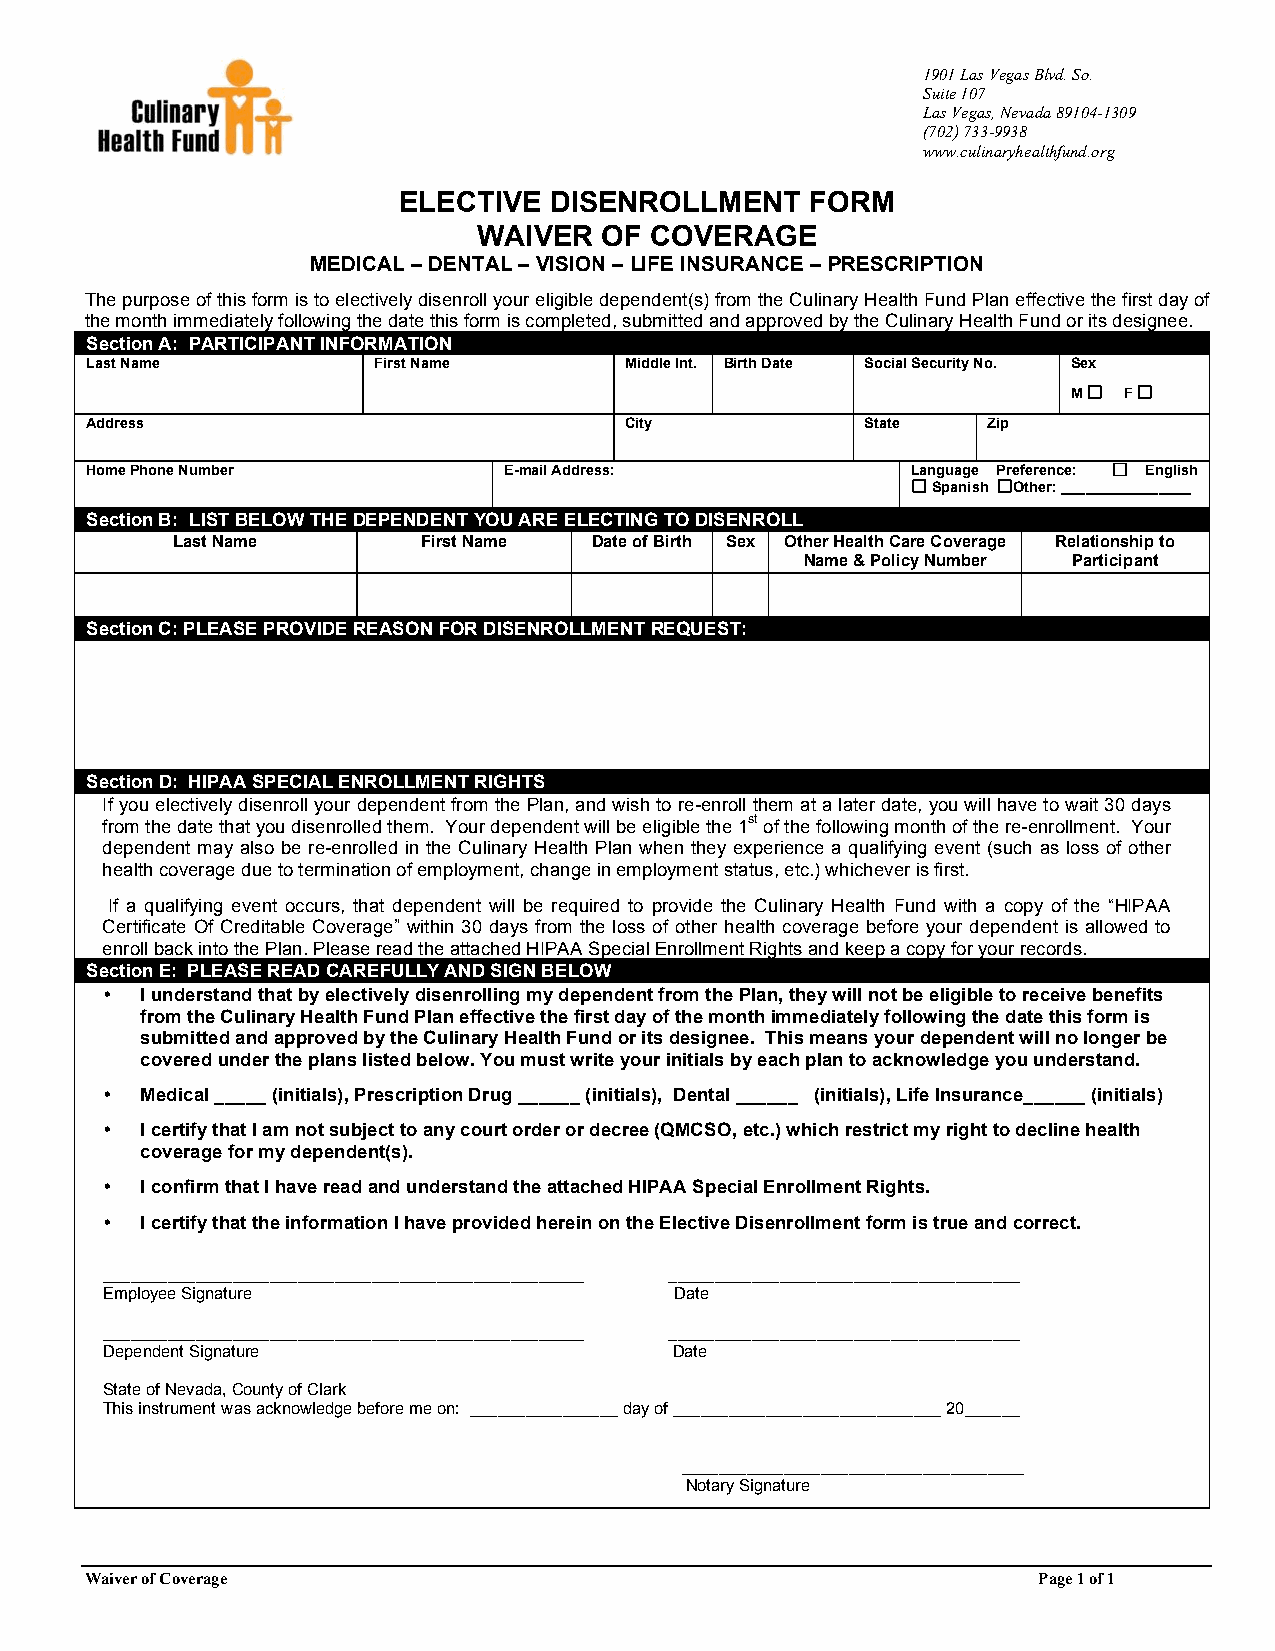
1901 Las Vegas Blvd. So.
 Suite 107
 Las Vegas, Nevada 89104-1309
 (702) 733-9938
 www.culinaryhealthfund.org
 ELECTIVE  DISENROLLMENT     FORM
 WAIVER  OF COVERAGE
 MEDICAL – DENTAL – VISION – LIFE INSURANCE – PRESCRIPTION
 The purpose of this form is to electively disenroll your eligible dependent(s) from the Culinary Health Fund Plan effective the first day of
 the month immediately following the date this form is completed, submitted and approved by the Culinary Health Fund or its designee.
 Section A: PARTICIPANT INFORMATION
 Last Name          First Name      Middle Int. Birth Date Social Security No. Sex
 M  F
 Address                            City            State   Zip
 Home Phone Number          E-mail Address:            Language Preference: English
 Spanish Other: ________________
 Section B: LIST BELOW THE DEPENDENT YOU ARE ELECTING TO DISENROLL
 Last Name        First Name Date of Birth Sex Other Health Care Coverage Relationship to
 Name & Policy Number Participant
 Section C: PLEASE PROVIDE REASON FOR DISENROLLMENT REQUEST:
 Section D: HIPAA SPECIAL ENROLLMENT RIGHTS
 If you electively disenroll your dependent from the Plan, and wish to re-enroll them at a later date, you will have to wait 30 days
 from the date that you disenrolled them. Your dependent will be eligible the 1st of the following month of the re-enrollment. Your
 dependent may also be re-enrolled in the Culinary Health Plan when they experience a qualifying event (such as loss of other
 health coverage due to termination of employment, change in employment status, etc.) whichever is first.
 If a qualifying event occurs, that dependent will be required to provide the Culinary Health Fund with a copy of the “HIPAA
 Certificate Of Creditable Coverage” within 30 days from the loss of other health coverage before your dependent is allowed to
 enroll back into the Plan. Please read the attached HIPAA Special Enrollment Rights and keep a copy for your records.
 Section E: PLEASE READ CAREFULLY AND SIGN BELOW
 • I understand that by electively disenrolling my dependent from the Plan, they will not be eligible to receive benefits
 from the Culinary Health Fund Plan effective the first day of the month immediately following the date this form is
 submitted and approved by the Culinary Health Fund or its designee. This means your dependent will no longer be
 covered under the plans listed below. You must write your initials by each plan to acknowledge you understand.
 • Medical _____ (initials), Prescription Drug ______ (initials), Dental ______ (initials), Life Insurance______ (initials)
 • I certify that I am not subject to any court order or decree (QMCSO, etc.) which restrict my right to decline health
 coverage for my dependent(s).
 • I confirm that I have read and understand the attached HIPAA Special Enrollment Rights.
 • I certify that the information I have provided herein on the Elective Disenrollment form is true and correct.
 ____________________________________________________ ______________________________________
 Employee Signature                    Date
 ____________________________________________________ ______________________________________
 Dependent Signature                   Date
 State of Nevada, County of Clark
 This instrument was acknowledge before me on: ________________ day of _____________________________ 20______
 _____________________________________
 Notary Signature
 Waiver of Coverage                                             Page 1 of 1